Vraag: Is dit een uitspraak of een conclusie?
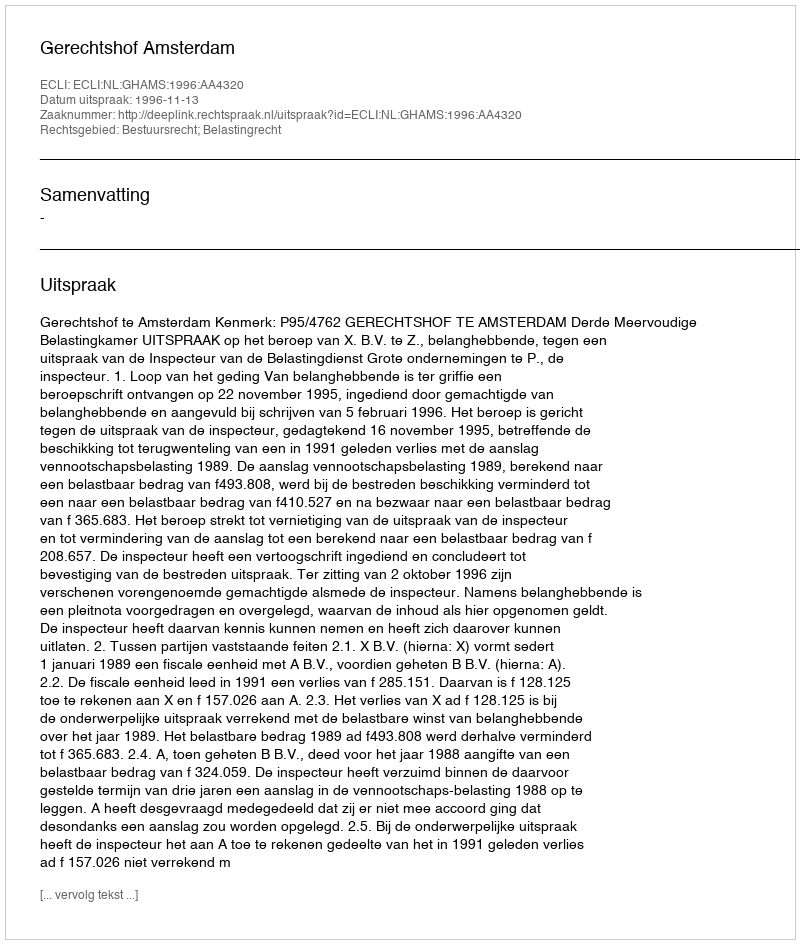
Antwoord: Uitspraak